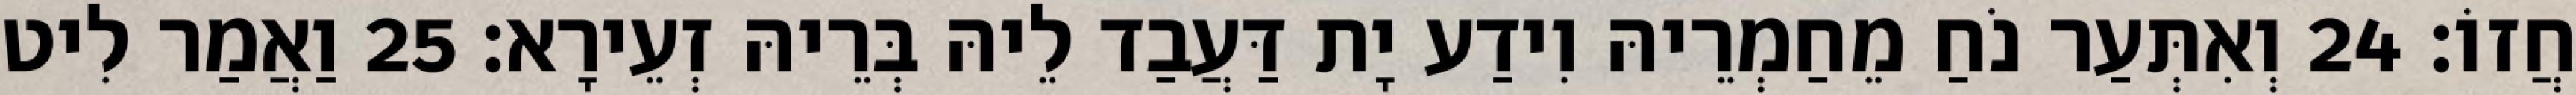
חֲזוֹ׃ 24 וְאִתְּעַר נֹחַ מֵחַמְרֵיהּ וִידַע יָת דַּעֲבַד לֵיהּ בְּרֵיהּ זְעֵירָא׃ 25 וַאֲמַר לִיט